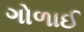
ગોળાઈ